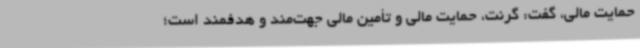
حمایت مالی، گفت: گرنت، حمایت مالی و تأمین مالی جهت‌مند و هدفمند است؛